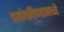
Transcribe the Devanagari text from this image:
पाहोचविण्यामध्ये